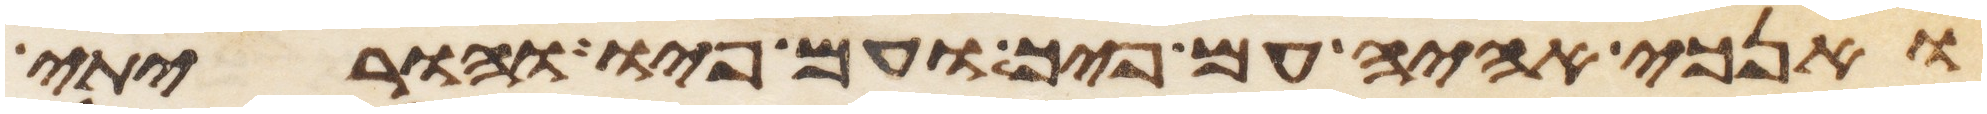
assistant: ואנכי אהיה עם פיך ועם פיו והוריתי